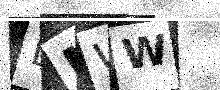
Text: DNWW